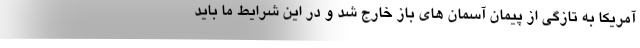
آمریکا به تازگی از پیمان آسمان های باز خارج شد و در این شرایط ما باید